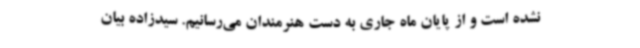
نشده است و از پایان ماه جاری به دست هنرمندان می‌رسانیم. سیدزاده بیان